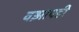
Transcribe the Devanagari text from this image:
वझापडी